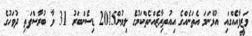
ވަޒީފާއެއްގައި އުޅޭނަމަ އެތަނެއްގެ އިއުތިރާޒެއްނެތްކަމުގެ ލިޔުން2015 ޑިސެންބަރު 31 ވާ ބުރާސްފަތި ދުވަހުގެ